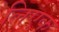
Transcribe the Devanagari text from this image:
लिएक